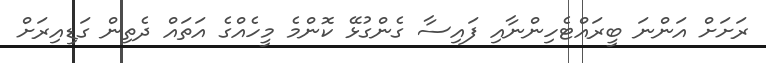
ރަށަށް އަންނަ ބީރައްޓެހިންނާއި ފައިސާ ގެންގުޅޭ ކޮންމެ މީހެއްގެ އަތައް ދެތިން ގަޑިއިރަށް